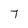
Character: 7